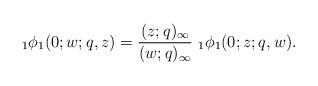
LaTeX: \begin{align*} \,_{1}\phi_{1}(0;w;q,z) =\frac{(z;q)_{\infty}}{(w;q)_{\infty}}\,\,_{1}\phi_{1}(0;z;q,w). \end{align*}